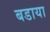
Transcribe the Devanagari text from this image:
बडाया